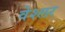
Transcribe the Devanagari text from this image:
वेश्लर